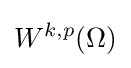
W^{k,p}(\Omega )